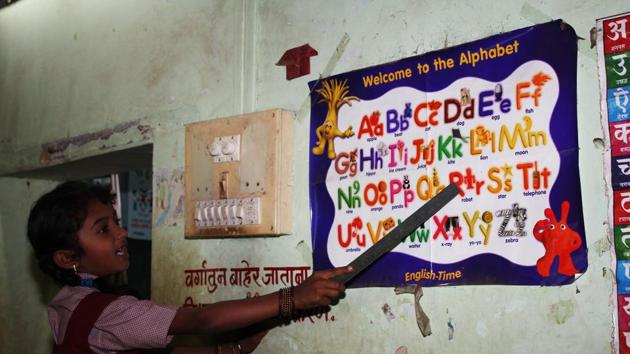
Language: marathi
Transcription: बाहेर जाताना वर्गातून